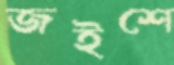
জইশে